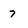
Character: 7